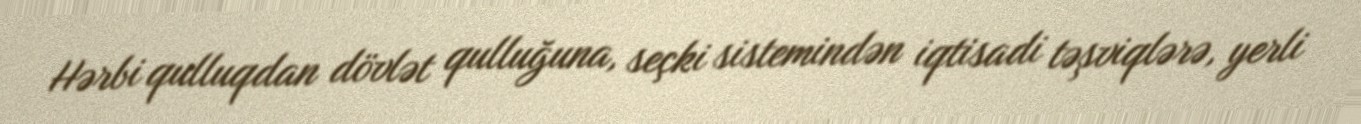
Hərbi qulluqdan dövlət qulluğuna, seçki sistemindən iqtisadi təşviqlərə, yerli